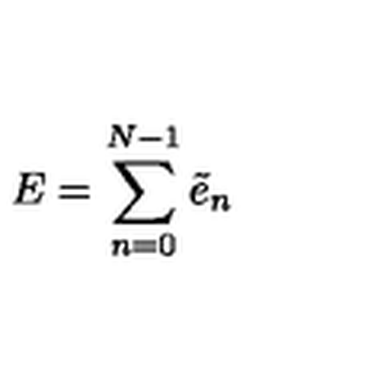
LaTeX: E = \sum _ { n = 0 } ^ { N - 1 } \tilde { e } _ { n }